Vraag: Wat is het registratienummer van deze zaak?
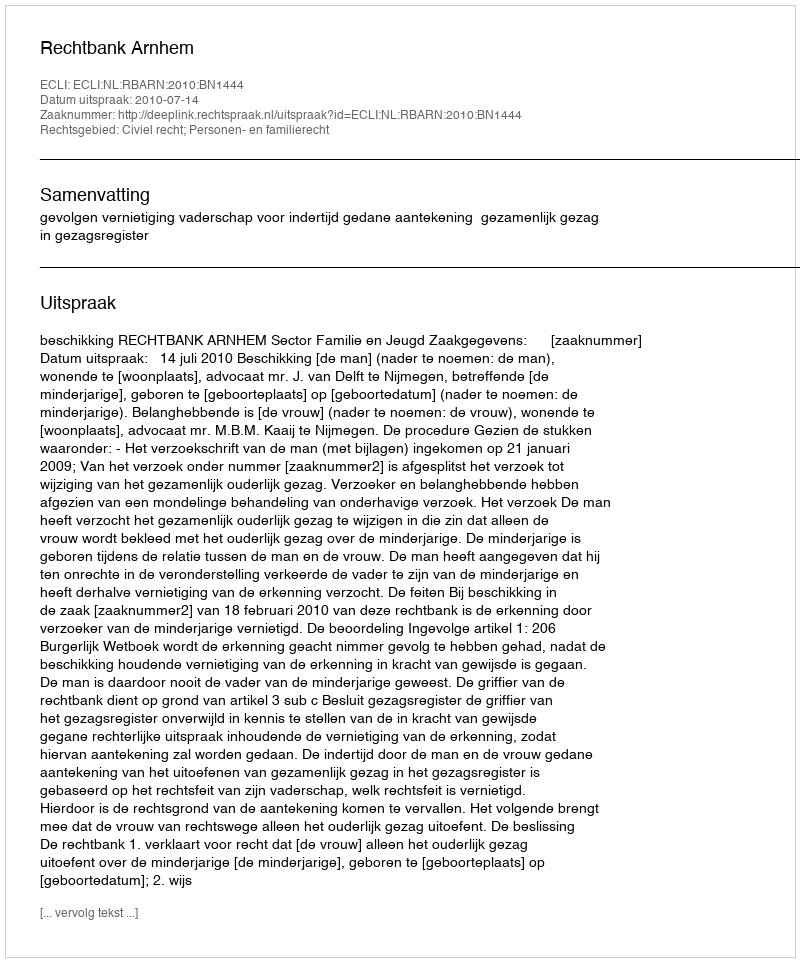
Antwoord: http://deeplink.rechtspraak.nl/uitspraak?id=ECLI:NL:RBARN:2010:BN1444